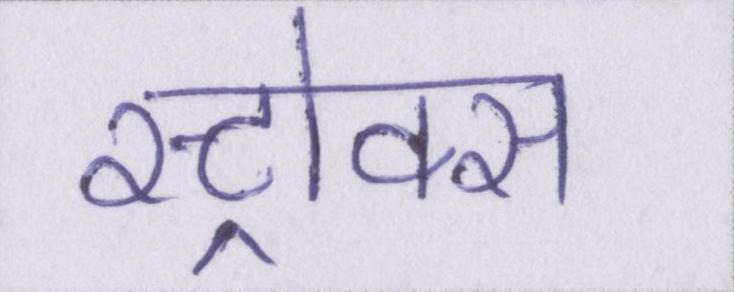
स्ट्रोक्स